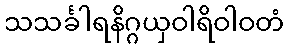
သသင်္ခါရနိဂ္ဂယှဝါရိဝါဝတံ